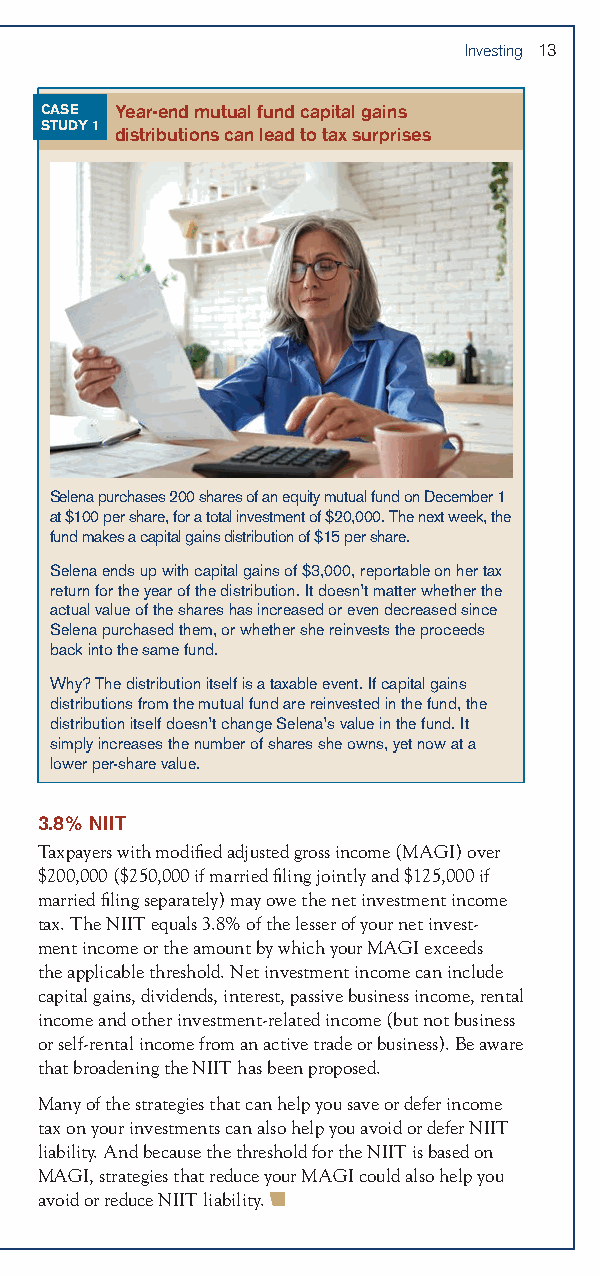
Investing 13
 CASE Year-end mutual fund capital gains
 STUDY 1 distributions can lead to tax surprises
 Selena purchases 200 shares of an equity mutual fund on December 1
 at $100 per share, for a total investment of $20,000. The next week, the
 fund makes a capital gains distribution of $15 per share.
 Selena ends up with capital gains of $3,000, reportable on her tax
 return for the year of the distribution. It doesn’t matter whether the
 actual value of the shares has increased or even decreased since
 Selena purchased them, or whether she reinvests the proceeds
 back into the same fund.
 Why? The distribution itself is a taxable event. If capital gains
 distributions from the mutual fund are reinvested in the fund, the
 distribution itself doesn’t change Selena’s value in the fund. It
 simply increases the number of shares she owns, yet now at a
 lower per-share value.
 3.8% NIIT
 Taxpayers with modified adjusted gross income (MAGI) over
 $200,000 ($250,000 if married filing jointly and $125,000 if
 married filing separately) may owe the net investment income
 tax. The NIIT equals 3.8% of the lesser of your net invest-
 ment income or the amount by which your MAGI exceeds
 the applicable threshold. Net investment income can include
 capital gains, dividends, interest, passive business income, rental
 income and other investment-related income (but not business
 or self-rental income from an active trade or business). Be aware
 that broadening the NIIT has been proposed.
 Many of the strategies that can help you save or defer income
 tax on your investments can also help you avoid or defer NIIT
 liability. And because the threshold for the NIIT is based on
 MAGI, strategies that reduce your MAGI could also help you
 avoid or reduce NIIT liability.